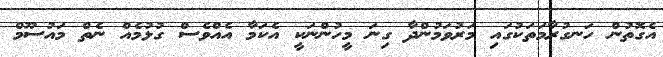
އެގޮތުން ހަނގުރާމަތަކުގައި މަރުވަމުންދާ ގިނަ މީހުންނަކީ އެކަމާ އެއްވެސް ގުޅުމެއް ނެތް މައުސޫމް